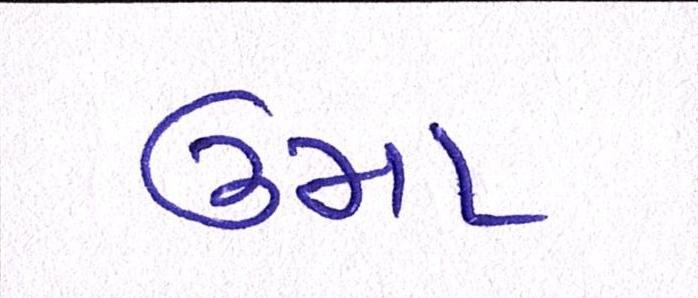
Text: ઉમા